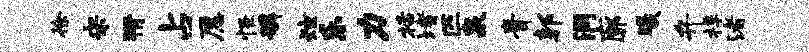
徐宋猾占愿怪磷炫乐力栝堵匹泉膏郭洞廓曦弁桴渚